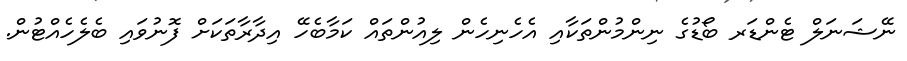
ނޭޝަނަލް ޓެންޑަރ ބޯޑުގެ ނިންމުންތަކާއި އެހެނިހެން ލިއުންތައް ކަމާބެހޭ އިދާރާތަކަށް ފޮނުވައި ބެލެހެއްޓުން.